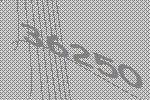
36250